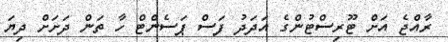
ރާއްޖެ އަށް ޓޫރިސްޓުންގެ އަދަދު ފަސް ޕަސެންޓް ހާ ތަން ދަށަށް ދިޔަ